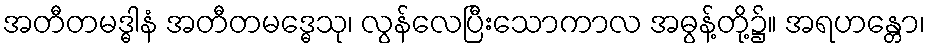
အတီတမဒ္ဓါနံ အတီတမဒ္ဓေသု၊ လွန်လေပြီးသောကာလ အဓွန့်တို့၌။ အရဟန္တော၊